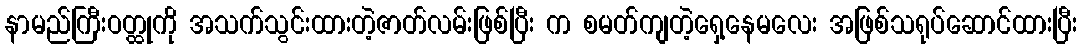
နာမည်ကြီးဝတ္ထုကို အသက်သွင်းထားတဲ့ဇာတ်လမ်းဖြစ်ပြီး က စမတ်ကျတဲ့ရှေ့နေမလေး အဖြစ်သရုပ်ဆောင်ထားပြီး